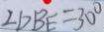
\angle D B E = 3 0 ^ { \circ }